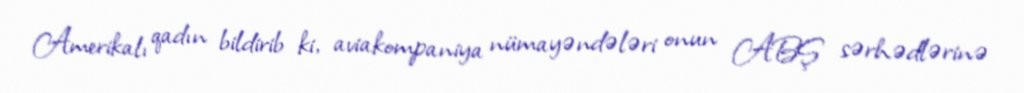
Amerikalı qadın bildirib ki, aviakompaniya nümayəndələri onun ABŞ sərhədlərinə